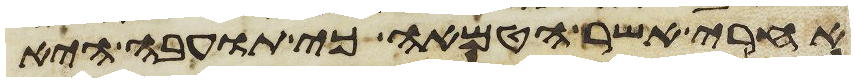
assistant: אחרי אשר הטמאה כי תועבה היא